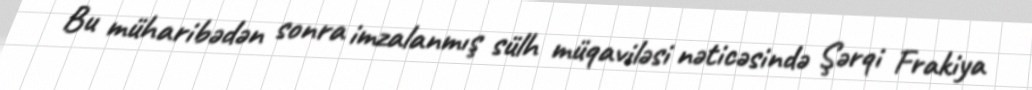
Bu müharibədən sonra imzalanmış sülh müqaviləsi nəticəsində Şərqi Frakiya